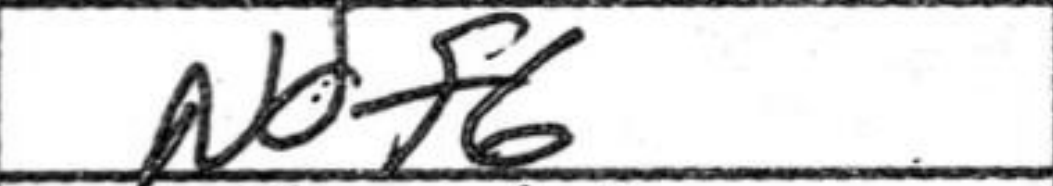
Transcription: Ndf6